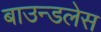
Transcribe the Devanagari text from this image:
बाउन्डलेस